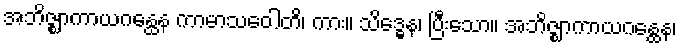
အဘိဇ္ဈာကာယဂန္ထေန ကာမာသဝေါတိ၊ ကား။ သိဒ္ဓေန၊ ပြီးသော။ အဘိဇ္ဈာကာယဂန္ထေန၊